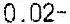
0.02-